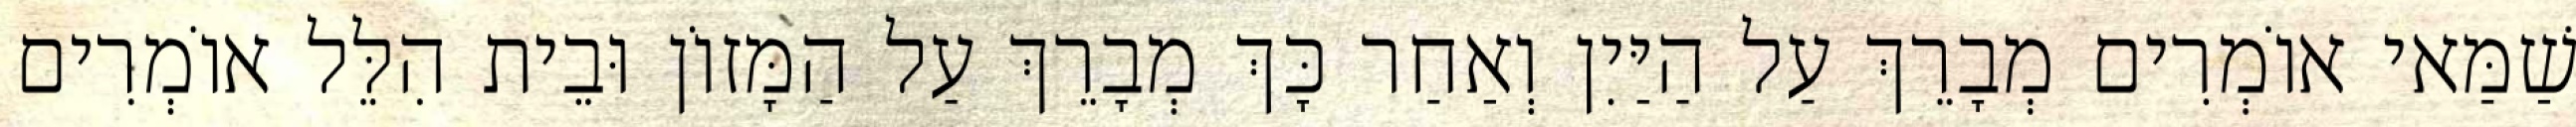
שַׁמַּאי אוֹמְרִים מְבָרֵךְ עַל הַיַּיִן וְאַחַר כָּךְ מְבָרֵךְ עַל הַמָּזוֹן וּבֵית הִלֵּל אוֹמְרִים